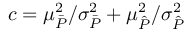
c = \mu _ { \bar { P } } ^ { 2 } / \sigma _ { \bar { P } } ^ { 2 } + \mu _ { \hat { P } } ^ { 2 } / \sigma _ { \hat { P } } ^ { 2 }